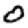
Digit: 0